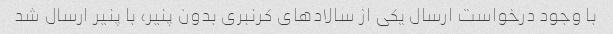
با وجود درخواست ارسال یکی از سالادهای کرنبری بدون پنیر، با پنیر ارسال شد